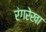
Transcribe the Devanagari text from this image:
रंगरेखा